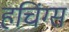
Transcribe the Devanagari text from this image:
हचिंग्स